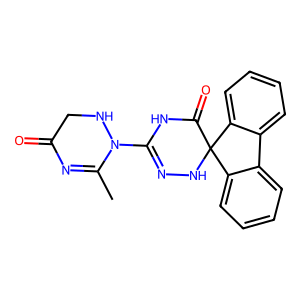
SMILES: CC1=NC(=O)CNN1C1=NNC2(C(=O)N1)c1ccccc1-c1ccccc12
Inhibits HIV replication: No